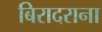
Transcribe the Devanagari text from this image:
बिरादराना